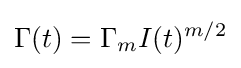
\Gamma (t)=\Gamma _{m}I(t)^{m/2}